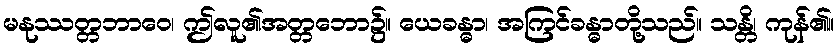
မနုဿတ္တဘာဝေ၊ ဤလူ၏အတ္တဘော၌။ ယေခန္ဓာ၊ အကြင်ခန္ဓာတို့သည်။ သန္တိ၊ ကုန်၏။